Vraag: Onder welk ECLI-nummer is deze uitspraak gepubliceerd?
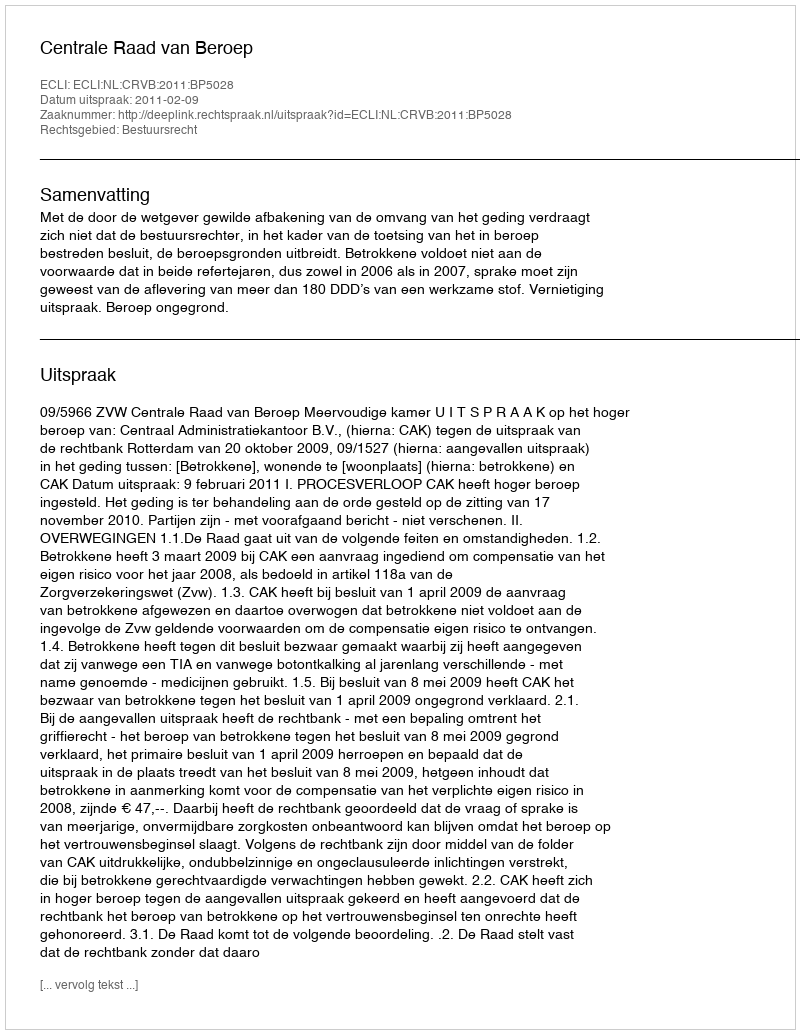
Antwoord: ECLI:NL:CRVB:2011:BP5028